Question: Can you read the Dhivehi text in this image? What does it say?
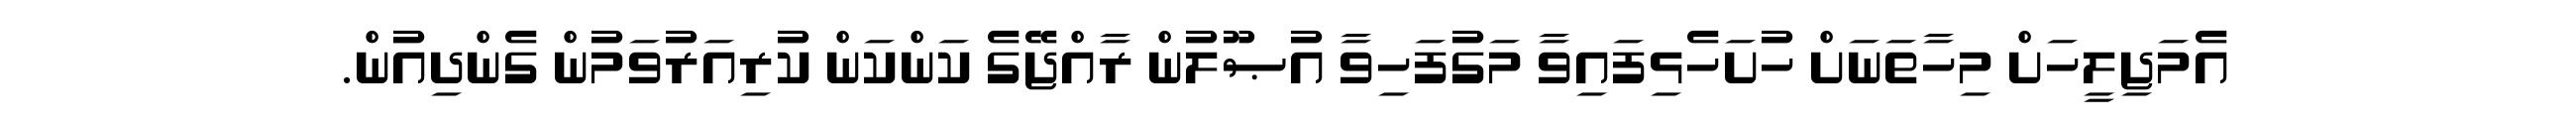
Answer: އެމަޖިލީހަށް މިހާތަނަށް ހުށަހެޅިފައިވާ މަގުފަހިވާ އުޞޫލުން ރާއްޖޭގެ ކަންކަން ކުރިއަރުވަމުން ގެންދިއުން.